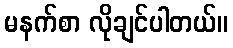
မနက်စာ လိုချင်ပါတယ်။